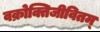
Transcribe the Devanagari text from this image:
वक्रोक्तिजीवितम्